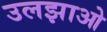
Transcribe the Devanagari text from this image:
उलझाओ